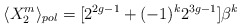
\begin{align*}\langle X_2^m \rangle_{pol} = [2^{2g-1} + (-1)^k 2^{3g-1}] \beta^{k}\end{align*}